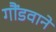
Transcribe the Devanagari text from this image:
गौंडवाने